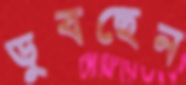
ডুবছেন